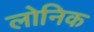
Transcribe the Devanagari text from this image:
लोनिक